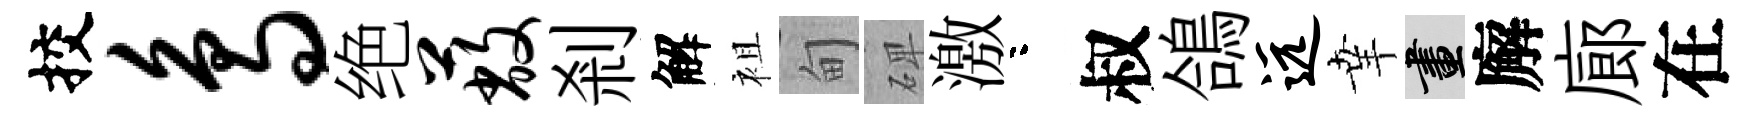
挍鸟绝蔽剎解袓甸𥓓激咯叔鴿远𦍒畫廨廊在